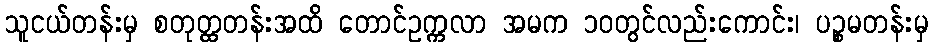
သူငယ်တန်းမှ စတုတ္ထတန်းအထိ တောင်ဥက္ကလာ အမက ၁၀တွင်လည်းကောင်း၊ ပဉ္စမတန်းမှ